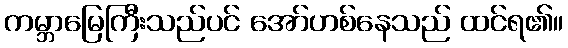
ကမ္ဘာမြေကြီးသည်ပင် အော်ဟစ်နေသည် ထင်ရ၏။